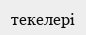
текелері